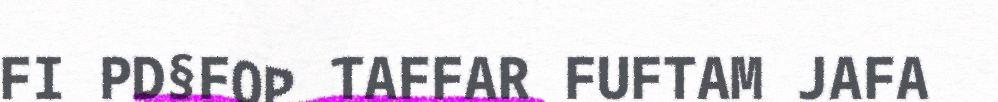
FI PD§FOP TAFFAR FUFTAM JAFA